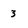
Character: 3